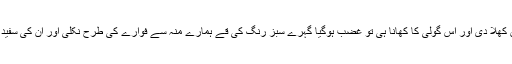
انھوں نے وہ لال گولی ہمیں کھلا دی اور اس گولی کا کھانا ہی تو غضب ہوگیا گہرے سبز رنگ کی قےَ ہمارے منہ سے فوارے کی طرح نکلی اور ان کی سفید قمیص کو داغ دار کر گئی۔